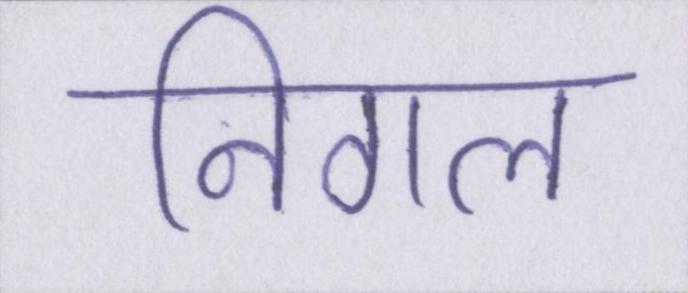
निगल